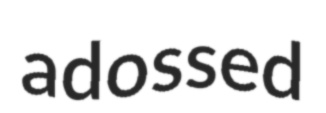
adossed